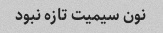
نون سیمیت تازه نبود